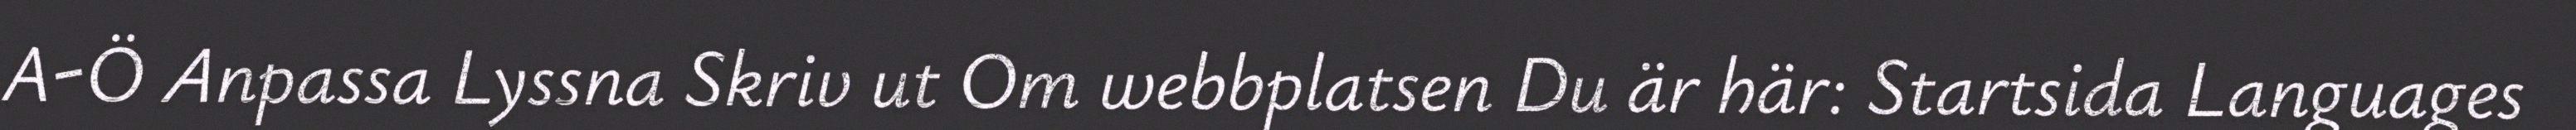
A-Ö Anpassa Lyssna Skriv ut Om webbplatsen Du är här: Startsida Languages